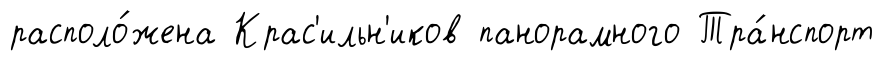
располо́жена Крас'ильн'иков панорамного Тра́нспорт